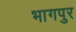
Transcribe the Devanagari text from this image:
भागपुर